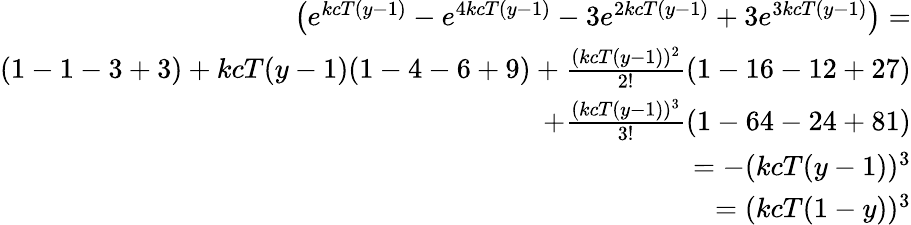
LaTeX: \begin{array}{r}{\left(e^{kcT(y-1)}-e^{4kcT(y-1)}-3e^{2kcT(y-1)}+3e^{3kcT(y-1)}\right)=}\\ {(1-1-3+3)+kcT(y-1)(1-4-6+9)+\frac{(kcT(y-1))^{2}}{2!}(1-16-12+27)}\\ {+\frac{(kcT(y-1))^{3}}{3!}(1-64-24+81)}\\ {=-(kcT(y-1))^{3}}\\ {=(kcT(1-y))^{3}}\end{array}